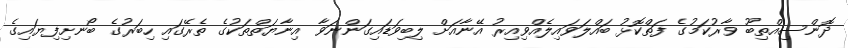
ދޮންސިއްތިބޫ ވާރުކަމުގެ ފަތްކޮޅު ބައްލަވައިލެއްވިއިރު އޭނާއަށް ލިބިވަޑައިގަންނަވާ އިނާޔަތްތަކުގެ ތެރޭގައި ހިބަރުގެ ބޯނށިފިޔައިގެ